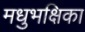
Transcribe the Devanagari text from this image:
मधुभक्षिका